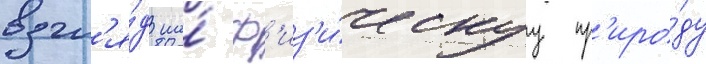
взгл'я́д на́ ф'из'и́ческуу пр'иро́ду